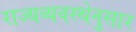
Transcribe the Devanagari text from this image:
राज्यव्यवस्थेनुसार